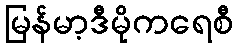
မြန်မာ့ဒီမိုကရေစီ